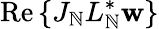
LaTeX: \operatorname{Re}{\{ J_{\mathbb{N}}L_{\mathbb{N}}^{*}\mathbf{w}\} }